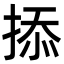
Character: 掭